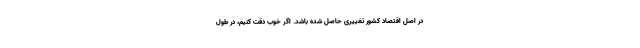
در اصل اقتصاد کشور تغییری حاصل شده باشد. اگر خوب دقت کنیم، در طول